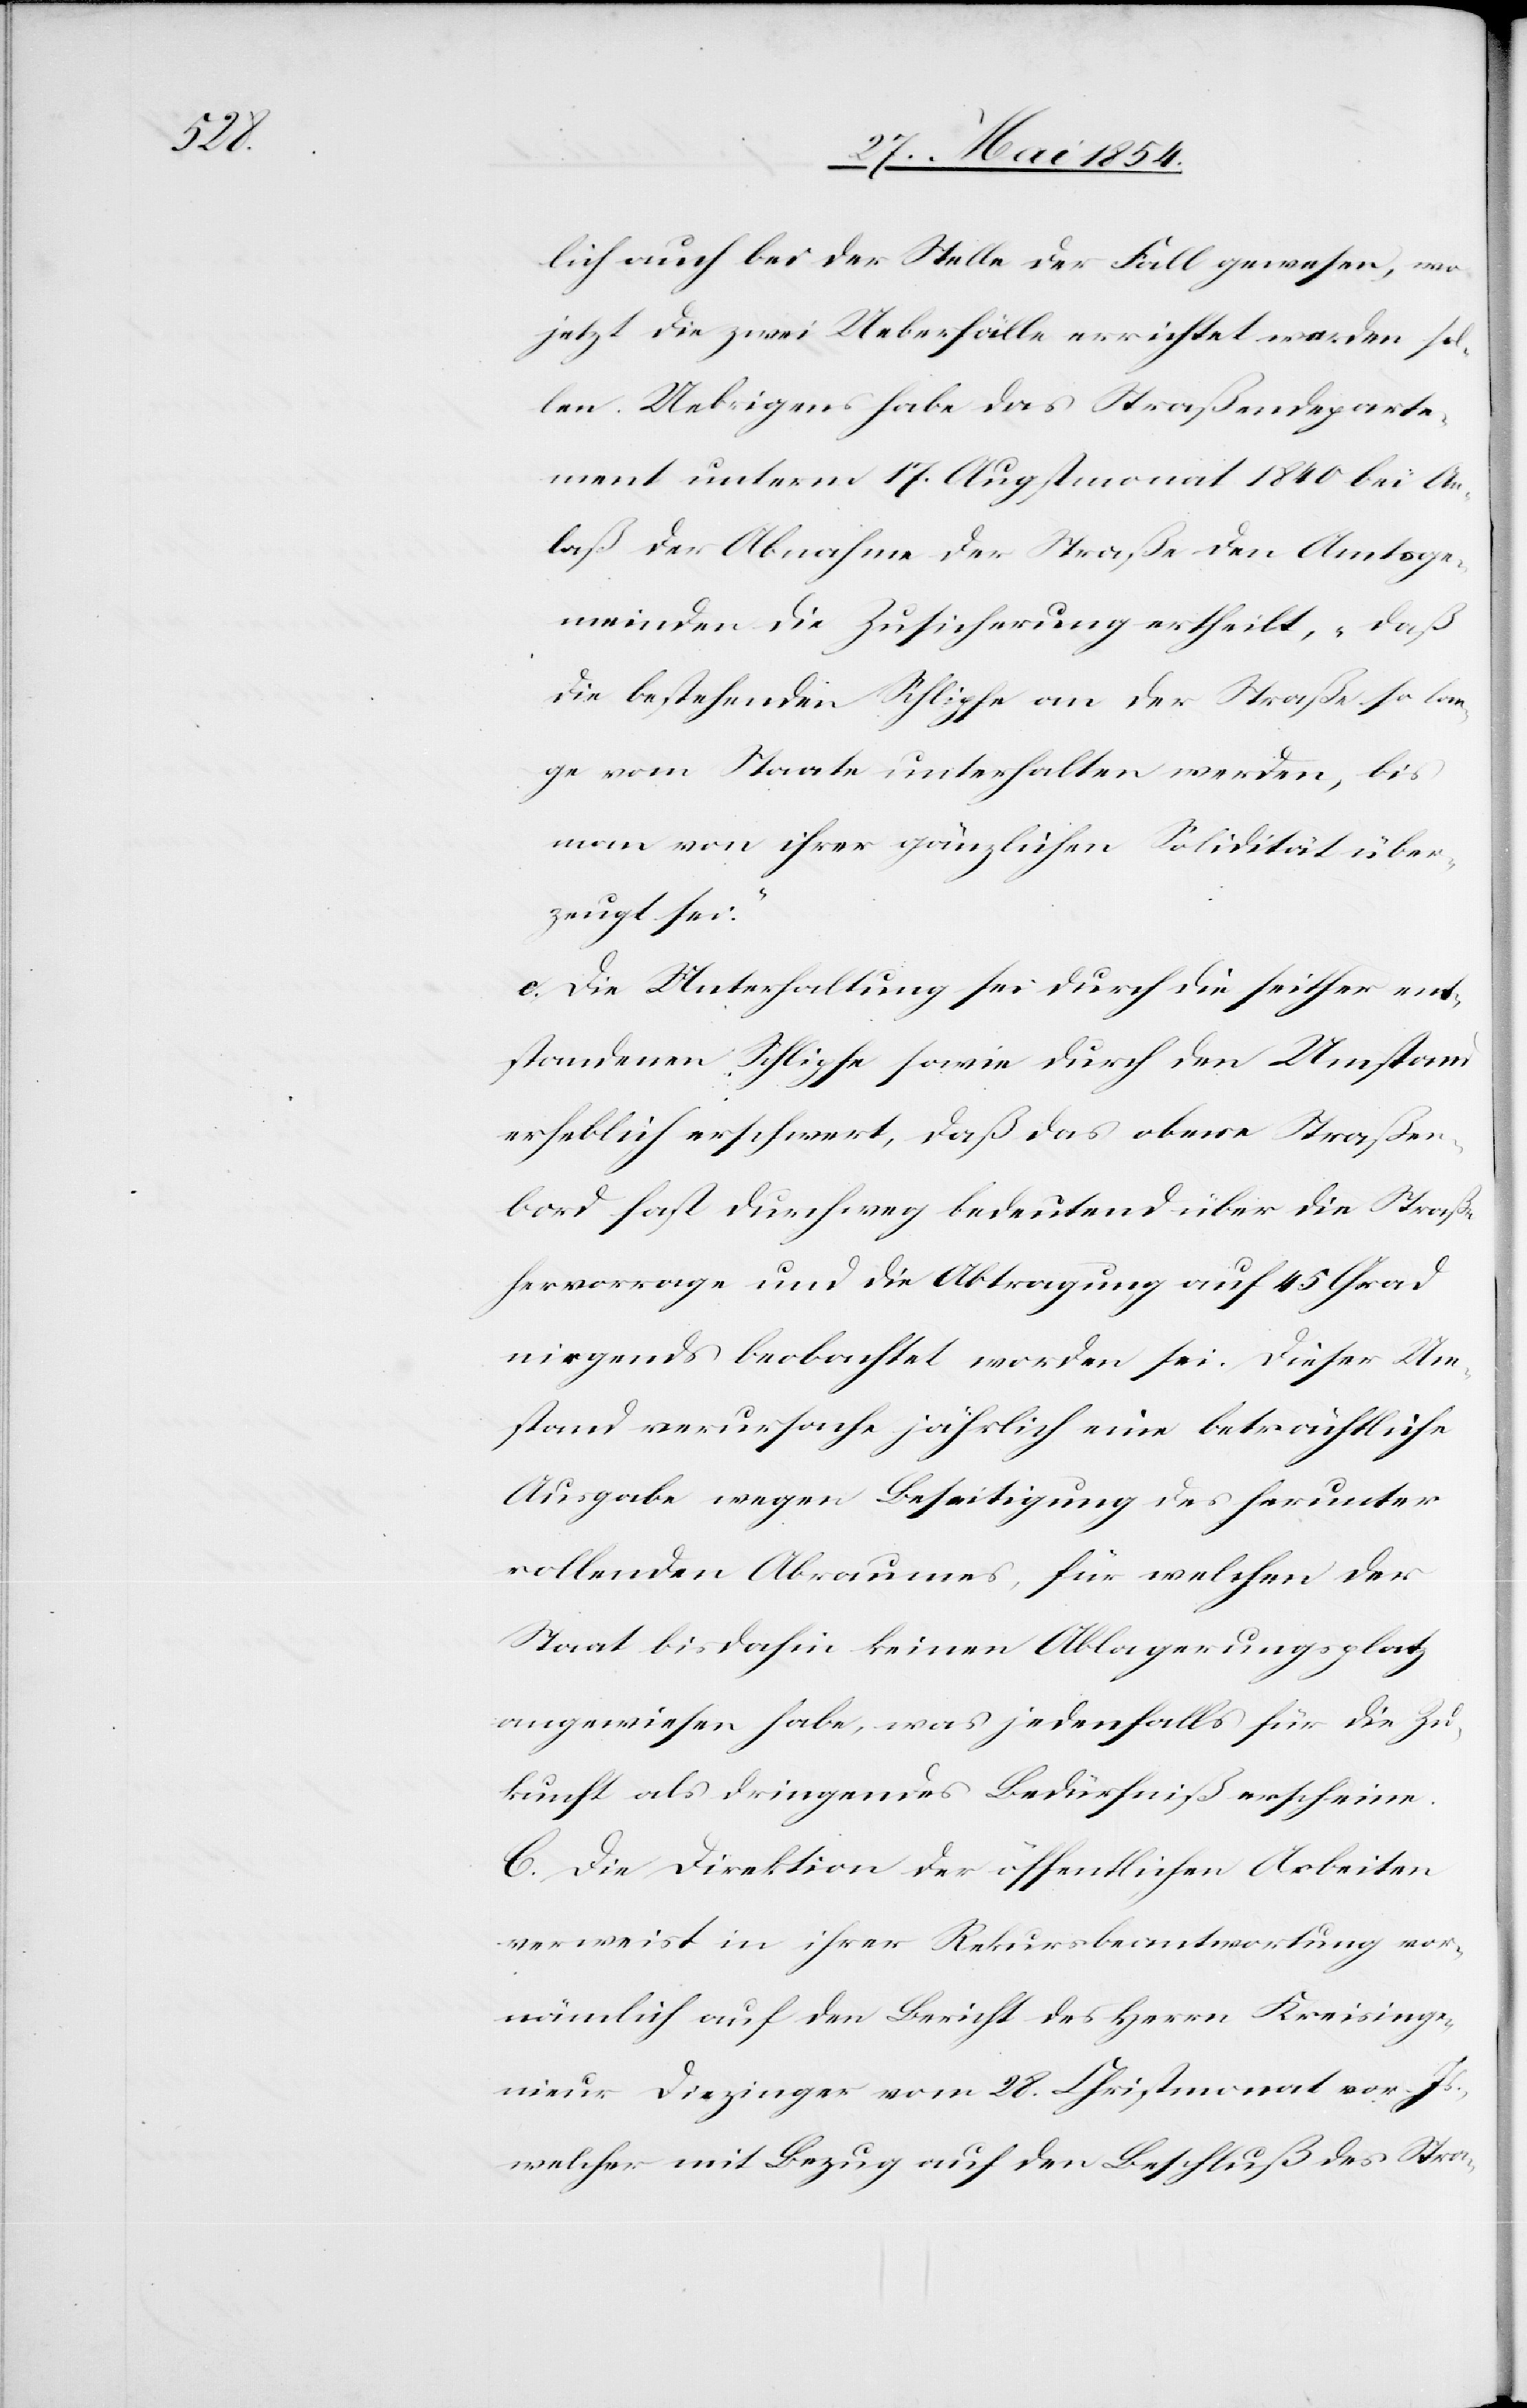
lich auch bei der Stelle der Fall gewesen, wo
jetzt die zwei Ueberfälle errichtet werden sol¬
len. Uebrigens habe das Straßendeparte¬
ment unterm 17. Augstmonat 1840 bei An¬
laß der Abnahme der Straße den Amtsge¬
meinden die Zusicherung ertheilt, „daß
die bestehenden Schlipfe an der Straße so lan¬
ge vom Staate unterhalten werden, bis
man von ihrer gänzlichen Solidität über¬
zeugt sei.“
c. Die Unterhaltung sei durch die seither ent¬
standenen Schlipfe sowie durch den Umstand
erheblich erschwert, daß das obere Straßen¬
bord fast durchweg bedeutend über die Straße
hervorrage und die Abtragung auf 45 Grad
nirgends beobachtet worden sei. Dieser Um¬
stand verursache jährlich eine beträchtliche
Ausgabe wegen Beseitigung des herunter
rollenden Abraumes, für welchen der
Staat bis anhin keinen Ablagerungsplatz
angewiesen habe, was jedenfalls für die Zu¬
kunft als dringendes Bedürfniß erscheine.
C. Die Direktion der öffentlichen Arbeiten
verweist in ihrer Rekursbeantwortung vor¬
nämlich auf den Bericht des Herrn Kreisinge¬
nieur Diezinger vom 28. Christmonat vor. Js.,
welcher mit Bezug auf den Beschluß des Stra-